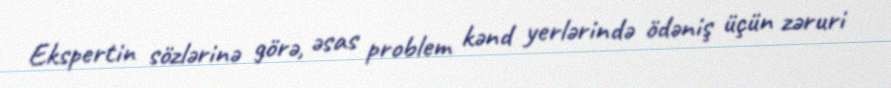
Ekspertin sözlərinə görə, əsas problem kənd yerlərində ödəniş üçün zəruri